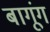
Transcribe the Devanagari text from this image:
बागूंग